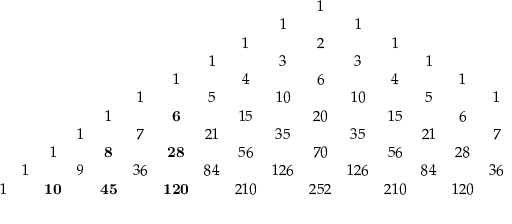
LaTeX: \begin{array} { c c c c c c c c c c c c c c c c c c c c c } { { } } & { { } } & { { } } & { { } } & { { } } & { { } } & { { } } & { { } } & { { } } & { { } } & { { 1 } } & { { } } & { { } } & { { } } & { { } } & { { } } & { { } } & { { } } & { { } } & { { } } & { { } } \\ { { } } & { { } } & { { } } & { { } } & { { } } & { { } } & { { } } & { { } } & { { } } & { { 1 } } & { { } } & { { 1 } } & { { } } & { { } } & { { } } & { { } } & { { } } & { { } } & { { } } & { { } } & { { } } \\ { { } } & { { } } & { { } } & { { } } & { { } } & { { } } & { { } } & { { } } & { { 1 } } & { { } } & { { 2 } } & { { } } & { { 1 } } & { { } } & { { } } & { { } } & { { } } & { { } } & { { } } & { { } } & { { } } \\ { { } } & { { } } & { { } } & { { } } & { { } } & { { } } & { { } } & { { 1 } } & { { } } & { { 3 } } & { { } } & { { 3 } } & { { } } & { { 1 } } & { { } } & { { } } & { { } } & { { } } & { { } } & { { } } & { { } } \\ { { } } & { { } } & { { } } & { { } } & { { } } & { { } } & { { 1 } } & { { } } & { { 4 } } & { { } } & { { 6 } } & { { } } & { { 4 } } & { { } } & { { 1 } } & { { } } & { { } } & { { } } & { { } } & { { } } & { { } } \\ { { } } & { { } } & { { } } & { { } } & { { } } & { { 1 } } & { { } } & { { 5 } } & { { } } & { { 1 0 } } & { { } } & { { 1 0 } } & { { } } & { { 5 } } & { { } } & { { 1 } } & { { } } & { { } } & { { } } & { { } } & { { } } \\ { { } } & { { } } & { { } } & { { } } & { { 1 } } & { { } } & { { { \bf 6 } } } & { { } } & { { 1 5 } } & { { } } & { { 2 0 } } & { { } } & { { 1 5 } } & { { } } & { { 6 } } & { { } } & { { 1 } } & { { } } & { { } } & { { } } & { { } } \\ { { } } & { { } } & { { } } & { { 1 } } & { { } } & { { 7 } } & { { } } & { { 2 1 } } & { { } } & { { 3 5 } } & { { } } & { { 3 5 } } & { { } } & { { 2 1 } } & { { } } & { { 7 } } & { { } } & { { 1 } } & { { } } & { { } } & { { } } \\ { { } } & { { } } & { { 1 } } & { { } } & { { { \bf 8 } } } & { { } } & { { { \bf 2 8 } } } & { { } } & { { 5 6 } } & { { } } & { { 7 0 } } & { { } } & { { 5 6 } } & { { } } & { { 2 8 } } & { { } } & { { 8 } } & { { } } & { { 1 } } & { { } } & { { } } \\ { { } } & { { 1 } } & { { } } & { { 9 } } & { { } } & { { 3 6 } } & { { } } & { { 8 4 } } & { { } } & { { 1 2 6 } } & { { } } & { { 1 2 6 } } & { { } } & { { 8 4 } } & { { } } & { { 3 6 } } & { { } } & { { 9 } } & { { } } & { { 1 } } & { { } } \\ { { 1 } } & { { } } & { { { \bf 1 0 } } } & { { } } & { { { \bf 4 5 } } } & { { } } & { { { \bf 1 2 0 } } } & { { } } & { { 2 1 0 } } & { { } } & { { 2 5 2 } } & { { } } & { { 2 1 0 } } & { { } } & { { 1 2 0 } } & { { } } & { { 4 5 } } & { { } } & { { 1 0 } } & { { } } & { { 1 } } \end{array}